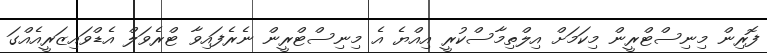
ފޮރިން މިނިސްޓްރީން މިކަމަށް އިލްތިމާސްކުރީ އިއްޔެ އެ މިނިސްޓްރީން ނެރެފައިވާ ޓްރެވަލް އެޑްވައިޒަރީއެއްގަ